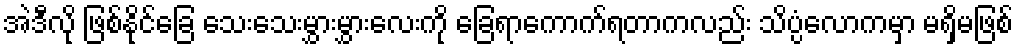
အဲဒီလို ဖြစ်နိုင်ခြေ သေးသေးမွှားမွှားလေးကို ခြေရာကောက်ရတာကလည်း သိပ္ပံလောကမှာ မရှိမဖြစ်